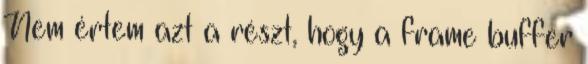
Nem értem azt a részt, hogy a frame buffer